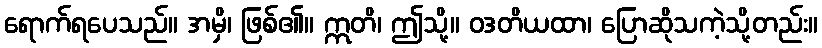
ရောက်ရပေသည်။ အမှိ၊ ဖြစ်၏။ ဣတိ၊ ဤသို့။ ဝဒတိယထာ၊ ပြောဆိုသကဲ့သို့တည်း။